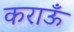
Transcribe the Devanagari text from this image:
कराऊँ